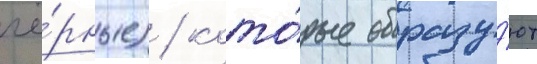
чё́рные) / кото́рые образу́ют